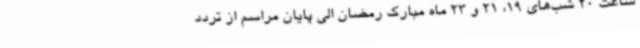
ساعت 20 شب‌های 19، 21 و 23 ماه مبارک رمضان الی پایان مراسم از تردد